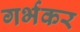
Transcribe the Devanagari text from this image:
गर्भकर